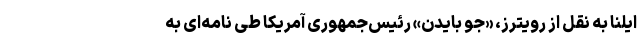
ایلنا به نقل از رویترز، «جو بایدن» رئیس‌جمهوری آمریکا طی نامه‌ای به